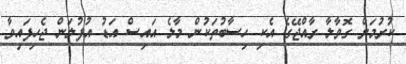
ކުރުމަށް ގޮވާލާ ރާއްޖޭގެ އެކި ހިސާބުތަކުން މާލެ އައިސް އަޑު އުފުލަން ޖެހިފައިވާ